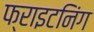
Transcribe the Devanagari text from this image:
फ्राइटनिंग